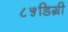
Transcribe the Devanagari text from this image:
८५डिग्री